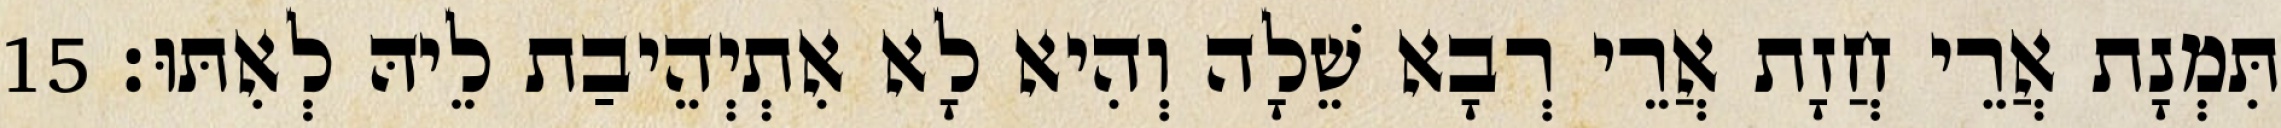
תִּמְנָת אֲרֵי חֲזָת אֲרֵי רְבָא שֵׁלָה וְהִיא לָא אִתְיְהֵיבַת לֵיהּ לְאִתּוּ׃ 15